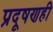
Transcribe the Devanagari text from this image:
प्रदूषणही